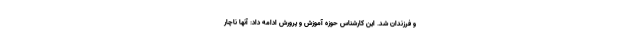
و فرزندان شد. این کارشناس حوزه آموزش و پرورش ادامه داد: آنها ناچار